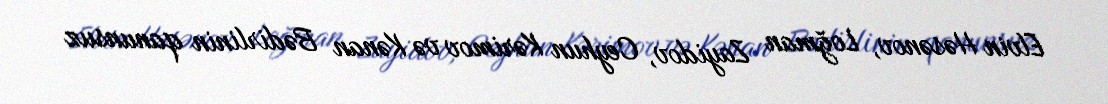
Elvin Həsənov, Loğman Zayidov, Ceyhun Kərimov və Kənan Bədirlinin qanunsuz